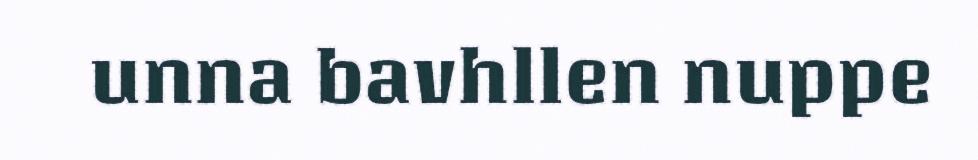
unna bavhllen nuppe